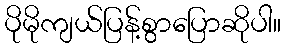
ပိုမိုကျယ်ပြန့်စွာပြောဆိုပါ။